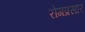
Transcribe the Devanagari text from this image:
रोगप्रसार